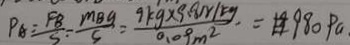
P _ { A } = \frac { F B } { S } = \frac { m B g } { s } = \frac { 9 k g \times 9 . 8 N / k g } { 0 . 0 9 m ^ { 2 } } = 9 8 0 P a